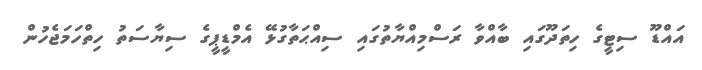
އައްޑޫ ސިޓީގެ ހިތަދޫގައި ބާއްވާ ރަސްމިއްޔާތުގައި ސިއްޙަތާގުޅޭ އެމްޑީޕީގެ ސިޔާސަތު ހިތްހަމަޖެހުން